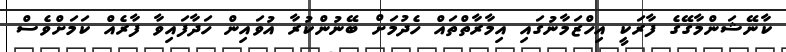
ކާނޭޝަންމާގޭގެ ފާރަކީ އިހްޒަމާނުގައި އިމާރާތްތައް ހެދުމަށް ބޭނުންކުރާ އުވައިން ހަދާފައިވާ ފާރެއް ކަމަށްވެސް